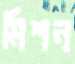
মিশন